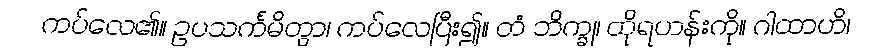
ကပ်လေ၏။ ဥပသင်္ကမိတွာ၊ ကပ်လေပြီး၍။ တံ ဘိက္ခု၊ ထိုရဟန်းကို။ ဂါထာဟိ၊